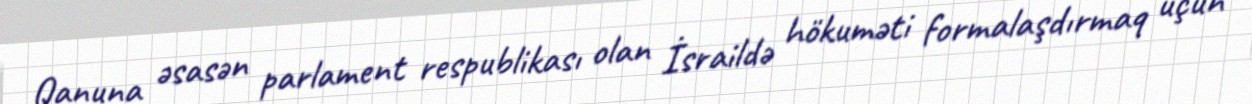
Qanuna əsasən parlament respublikası olan İsraildə hökuməti formalaşdırmaq üçün